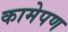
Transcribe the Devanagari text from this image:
कामेपण